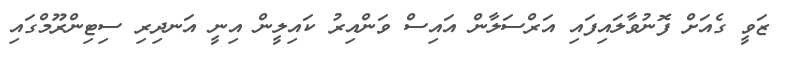
ޒަވީ ގެއަށް ފޮނުވާލައިފައި އަރްސަލާން އައިސް ވަންއިރު ކައިލީން އިނީ އަނދިރި ސިޓިންރޫމްގައި